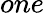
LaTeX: one